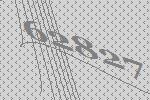
62827